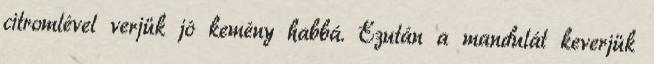
citromlével verjük jó kemény habbá. Ezután a mandulát keverjük